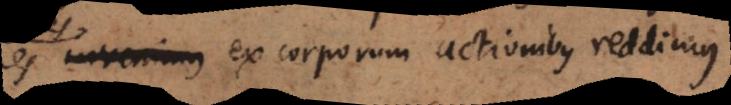
invenimus ex corporum actionibus reddimus